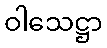
ဝါသေဋ္ဌာ